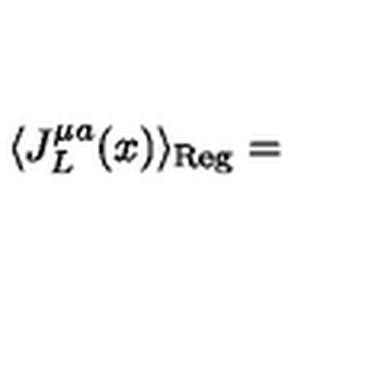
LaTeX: \langle J _ { L } ^ { \mu a } ( x ) \rangle _ { \mathrm { R e g } } =